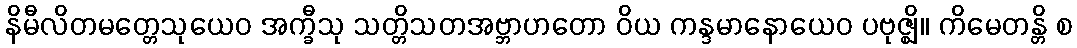
နိမီလိတမတ္တေသုယေဝ အက္ခီသု သတ္တိသတအဗ္ဘာဟတော ဝိယ ကန္ဒမာနောယေဝ ပဗုဇ္ဈိ။ ကိမေတန္တိ စ